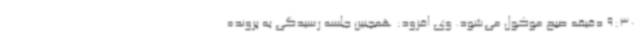
9:30 دقیقه صبح موکول می‌شود. وی افزود: همچنین جلسه رسیدگی به پرونده